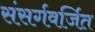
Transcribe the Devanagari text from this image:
संसर्गवर्जित